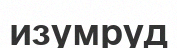
изумруд